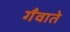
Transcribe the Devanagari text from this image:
गँवाते